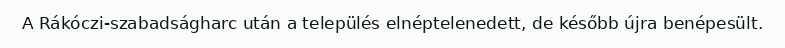
A Rákóczi-szabadságharc után a település elnéptelenedett, de később újra benépesült.